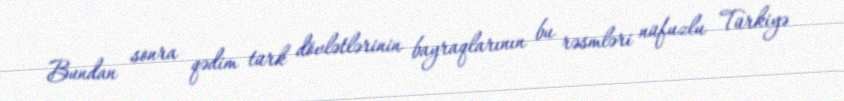
Bundan sonra qədim türk dövlətlərinin bayraqlarının bu rəsmləri nüfuzlu Türkiyə